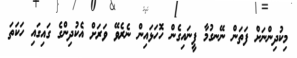
މިކުދިންނަށް ފަތަން ނޭނގުމާ ފީނައިގެން ހޮހަޅައިން ނެރެވޭ ވަރަށް އެކުދިންގެ ގައިގައި ހަކަތަ